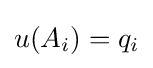
u(A_{i})=q_{i}